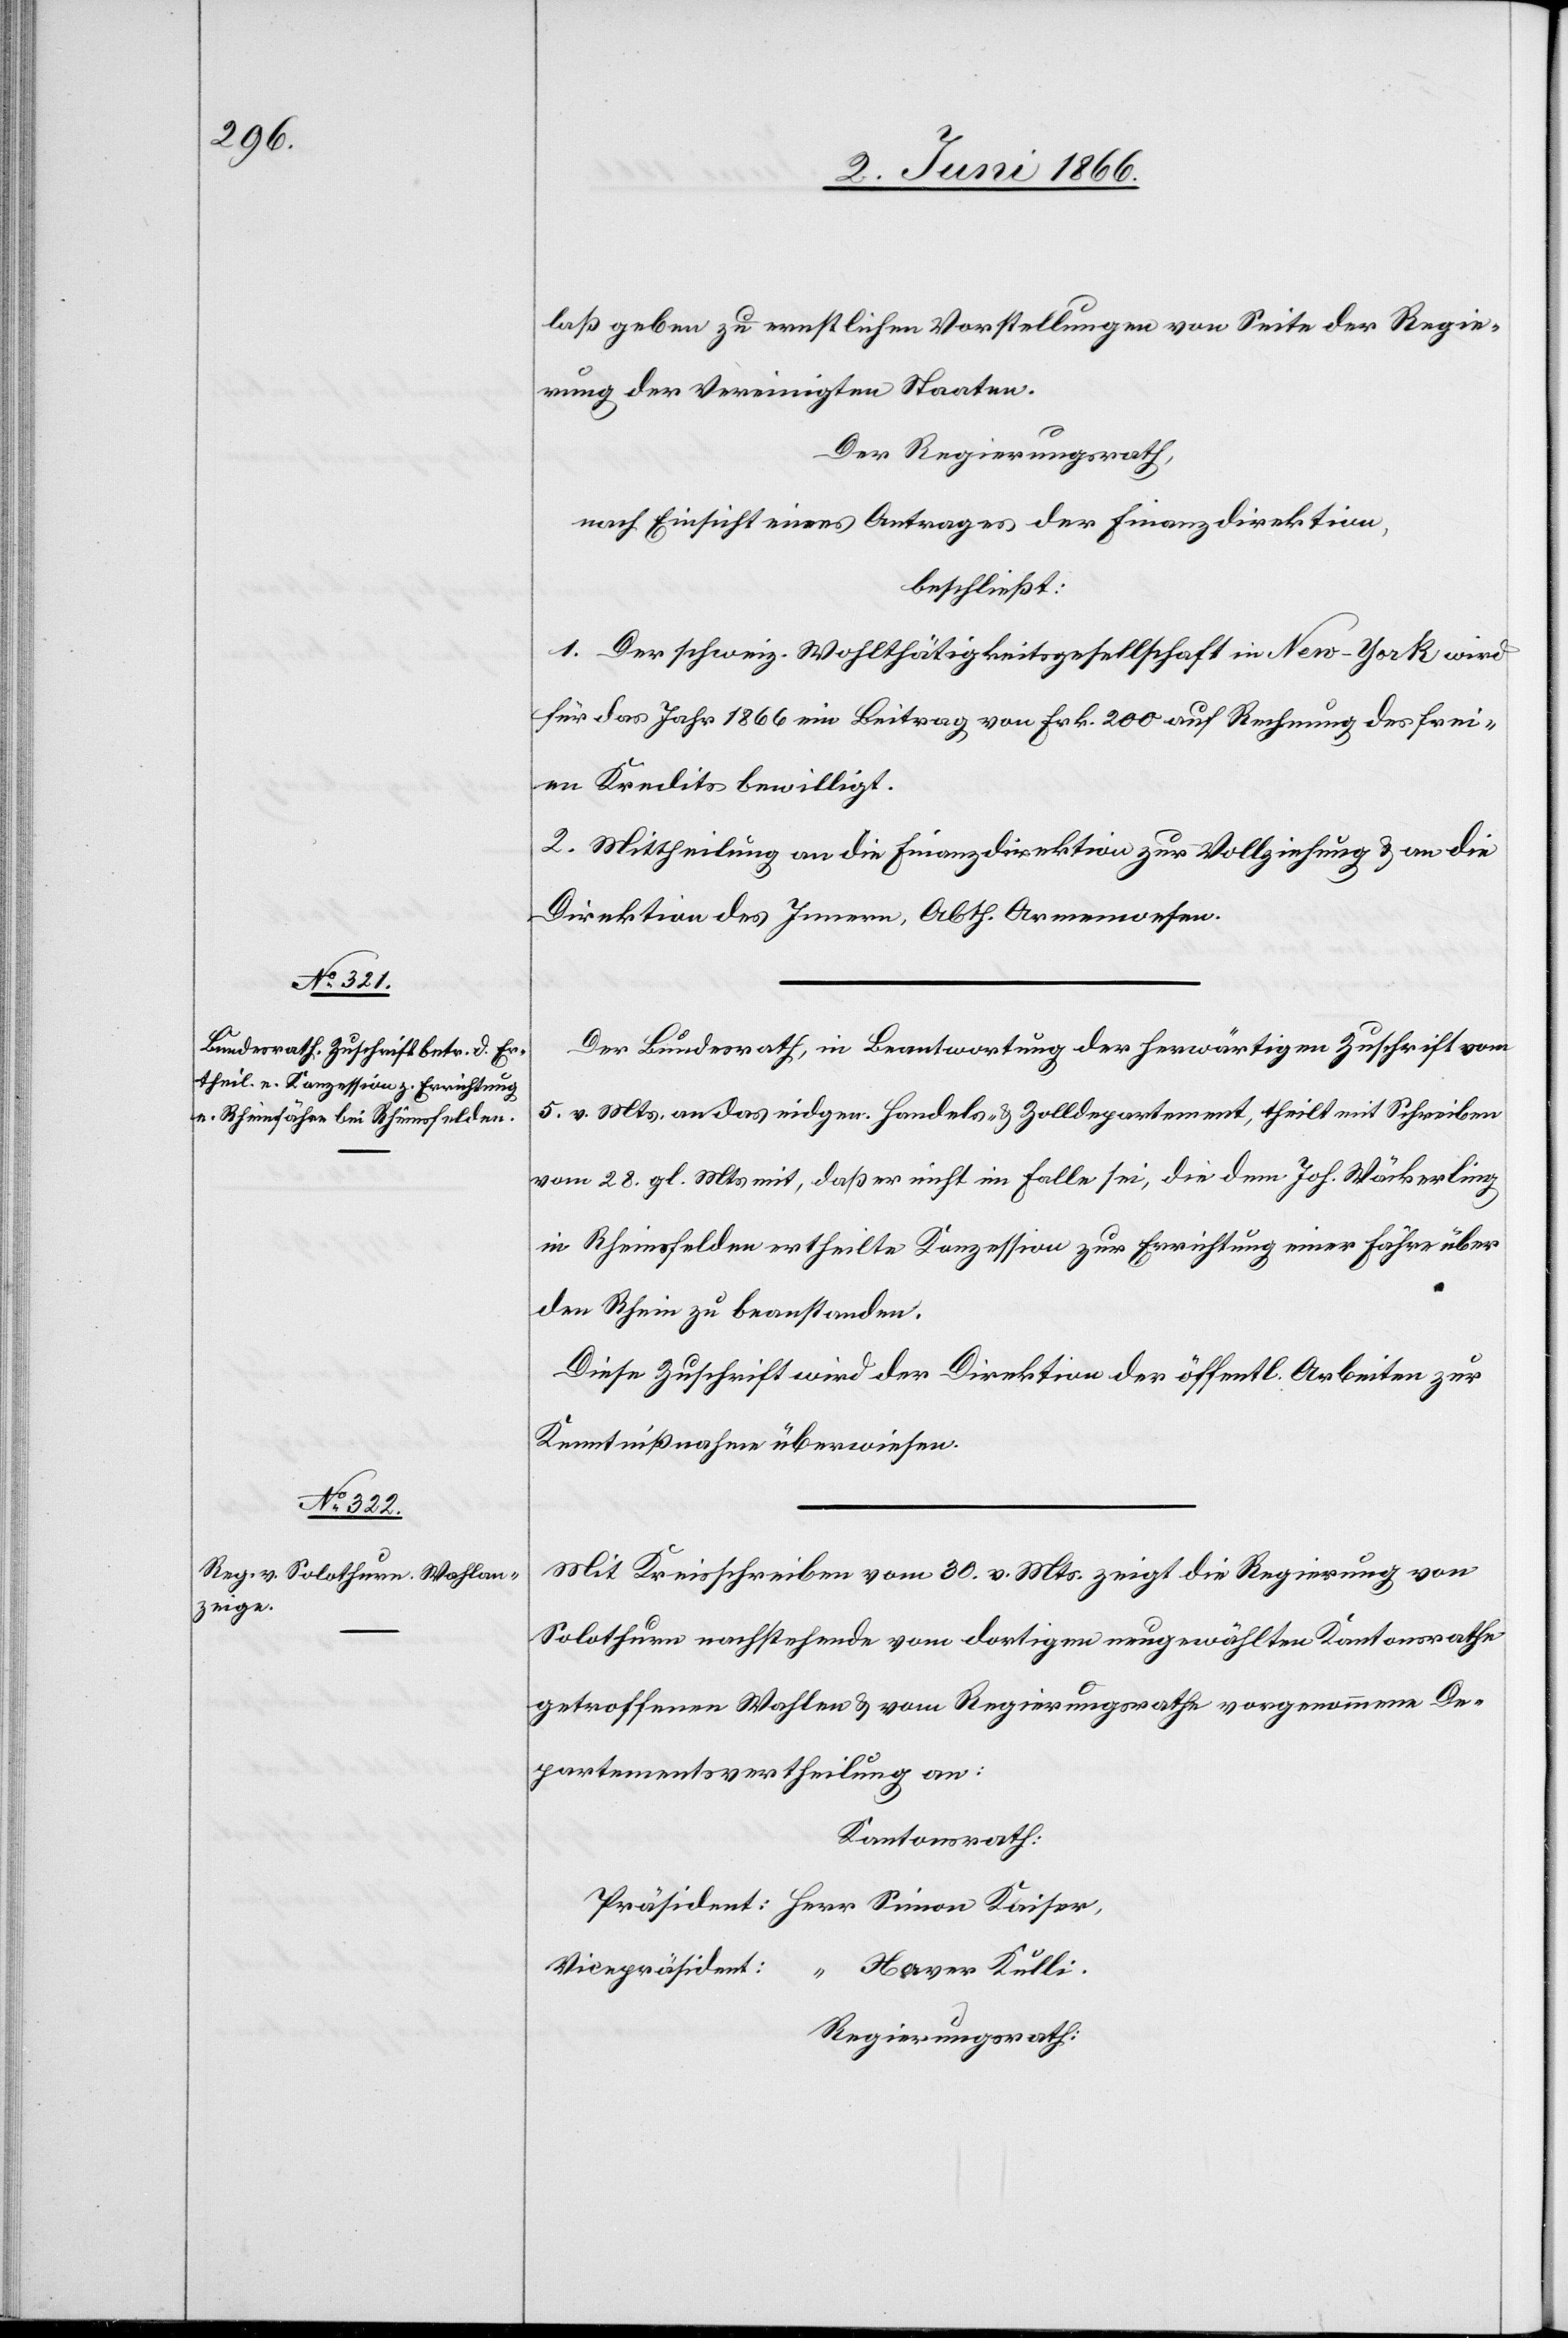
laß geben zu ernstlichen Vorstellungen von Seite der Regie¬
rung der Vereinigten Staaten.
Der Regierungsrath,
nach Einsicht eines Antrages der Finanzdirektion,
beschließt:
1. Der schweiz. Wohlthätigkeitsgesellschaft in New-York wird
für das Jahr 1866 ein Beitrag von Frk. 200 auf Rechnung des frei¬
en Kredits bewilligt.
2. Mittheilung an die Finanzdirektion zur Vollziehung u. an die
Direktion des Innern, Abth. Armenwesen.
Der Bundesrath, in Beantwortung der herwärtigen Zuschrift vom
5. v. Mts. an das eidgen. Handels- u. Zolldepartement, theilt mit Schreiben
vom 28. gl. Mts. mit, daß er nicht im Falle sei, die dem Joh. Mäckerling
in Rheinfelden ertheilte Konzession zur Errichtung einer Fähre über
den Rhein zu beanstanden.
Diese Zuschrift wird der Direktion der öffentl. Arbeiten zur
Kenntnißnahme überwiesen.
Mit Kreisschreiben vom 30. v. Mts. zeigt die Regierung von
Solothurn nachstehende vom dortigen neugewählten Kantonsrathe
getroffenen Wahlen u. vom Regierungsrathe vorgenommene De¬
partementsvertheilung an:
Kantonsrath:
Präsident: Herr Simon Kaiser,
Vicepräsident:
“ Xaver Kulli.
Regierungsrath: